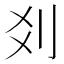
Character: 𠛄